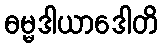
ဓမ္မဒါယာဒေါတိ